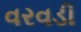
વરવડી